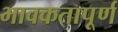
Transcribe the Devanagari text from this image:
भावकतापूर्ण